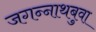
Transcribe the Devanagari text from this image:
जगन्‍नाथबुवा